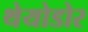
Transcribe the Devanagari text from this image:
थेयोडोर